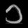
Digit: ၁